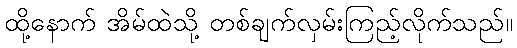
ထို့နောက် အိမ်ထဲသို့ တစ်ချက်လှမ်းကြည့်လိုက်သည်။